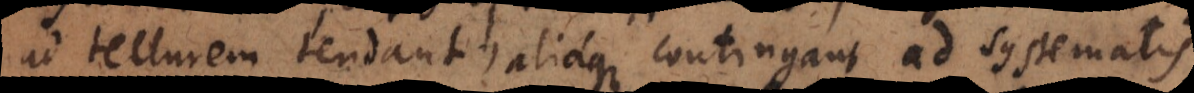
ad tellurem tendant, aliaque contingant ad systematis